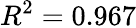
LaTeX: R^{2}=0.967